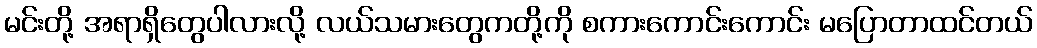
မင်းတို့ အရာရှိတွေပါလားလို့ လယ်သမားတွေကတို့ကို စကားကောင်းကောင်း မပြောတာထင်တယ်